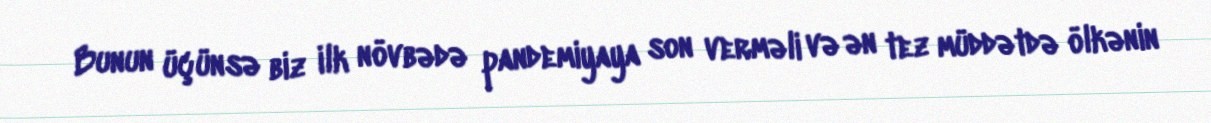
Bunun üçünsə biz ilk növbədə pandemiyaya son verməli və ən tez müddətdə ölkənin